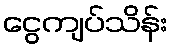
ငွေကျပ်သိန်း